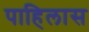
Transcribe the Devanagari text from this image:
पाहिलास